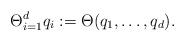
\begin{align*}\Theta_{i = 1}^d q_i := \Theta(q_1,\ldots,q_d).\end{align*}